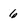
Character: 6